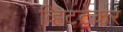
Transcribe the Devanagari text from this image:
व्हिटटेकर